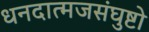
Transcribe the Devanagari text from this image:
धनदात्मजसंघुष्टो